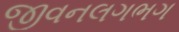
જીવનલગભગ